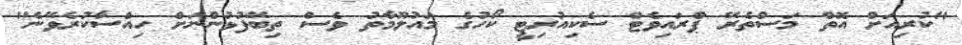
"ކުރިއަށް އޮތް މަސްތެރޭ ޕްރައިވެޓް ސެކިއުރިޓީ ކޯހުގެ މައުލޫމާތު ވެސް ތިބޭފުޅުންނަށް ހިއްސާކުރެވޭނެ"